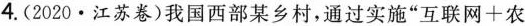
4. (2020 · 江苏卷)我国西部某乡村，通过实施”互联网+农